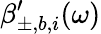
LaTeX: \beta_{\pm,b,i}^{\prime}(\omega)